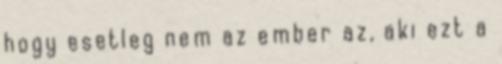
hogy esetleg nem az ember az, aki ezt a